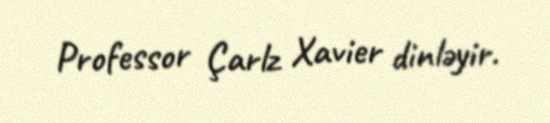
Professor Çarlz Xavier dinləyir.